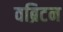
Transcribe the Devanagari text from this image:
वब्रिटन